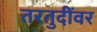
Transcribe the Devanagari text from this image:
तरतुदींवर